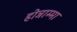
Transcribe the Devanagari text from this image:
होन्नाम्मा